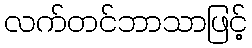
လက်တင်ဘာသာဖြင့်